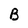
Character: B